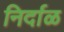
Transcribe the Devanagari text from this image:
निर्दाळ